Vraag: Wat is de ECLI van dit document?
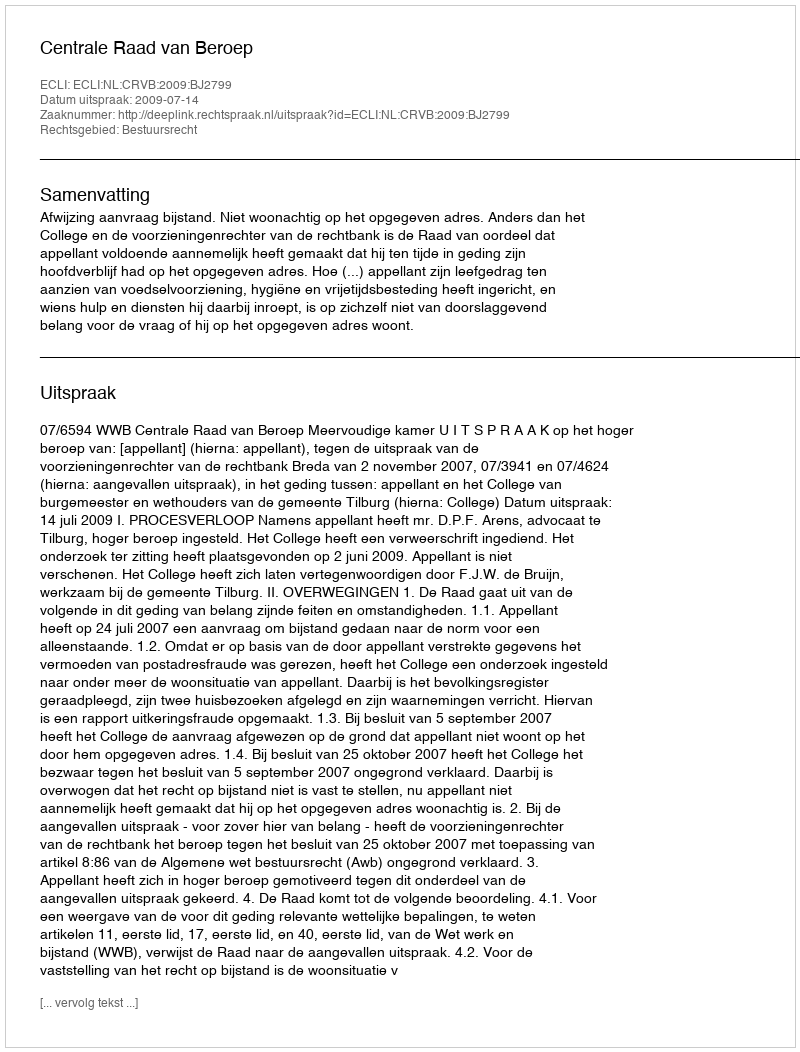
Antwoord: ECLI:NL:CRVB:2009:BJ2799